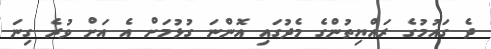
ދެ ގައުމުގެ ރައްޔިތުންގެ މެދުގައި އޮންނަ ގުޅުމަށް އެ އަށް ވުރެ ގިނަ